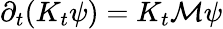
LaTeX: \partial_{t}(K_{t}\psi)=K_{t}\mathcal M\psi